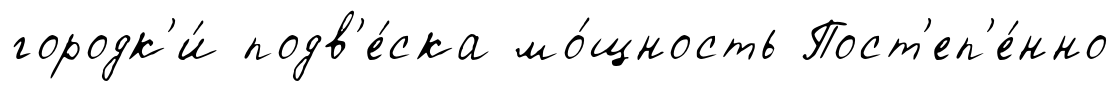
городк'и́ подв'е́ска мо́щность Пост'еп'е́нно